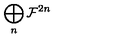
\bigoplus _ { n } { \cal F } ^ { 2 n }